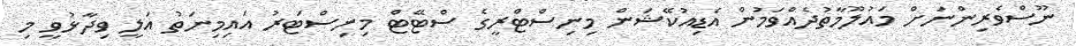
ނޫސްވެރިންނަށް މައުލޫމާތުދެއްވަމުން އެޑިއުކޭޝަން މިނިސްޓްރީގެ ސްޓޭޓް މިނިސްޓަރު އައިމިނަތު އަލީ ވިދާޅުވީ މި